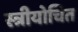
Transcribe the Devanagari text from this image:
स्त्रीयोचित